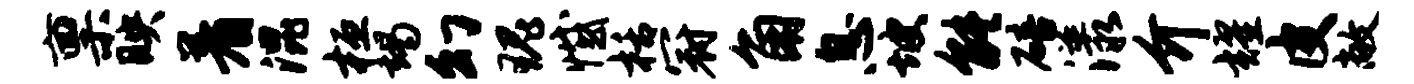
禀映着混桓竭幻瑰憾栝冠角息坡能碚漾介耀皮敞